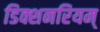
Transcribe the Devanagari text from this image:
डिक्शनरियम्